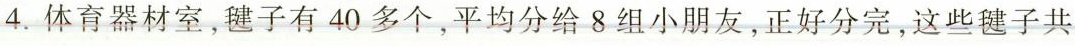
4. 体育器材室，毽子有40多个，平均分给8组小朋友，正好分完，这些毽子共